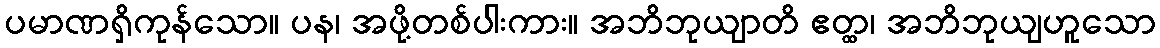
ပမာဏရှိကုန်သော။ ပန၊ အဖို့တစ်ပါးကား။ အဘိဘုယျာတိ ဧတ္ထ၊ အဘိဘုယျဟူသော